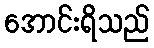
အောင်းရိသည်